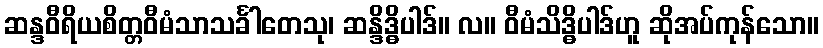
ဆန္ဒဝီရိယစိတ္တဝီမံသာသင်္ခါတေသု၊ ဆန္ဒိဒ္ဓိပါဒ်။ လ။ ဝီမံသိဒ္ဓိပါဒ်ဟူ ဆိုအပ်ကုန်သော။